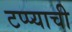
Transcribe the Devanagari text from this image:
टप्प्याची